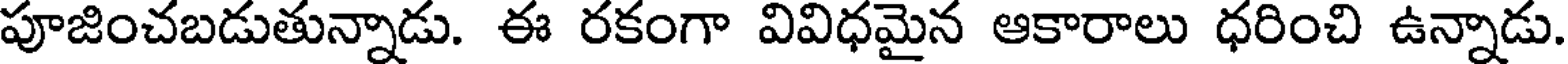
పూజించబడుతున్నాడు. ఈ రకంగా వివిధమైన ఆకారాలు ధరించి ఉన్నాడు.